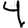
Digit: 4